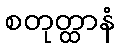
စတုတ္ထာနံ